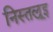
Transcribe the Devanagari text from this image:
निस्तल्रूइ